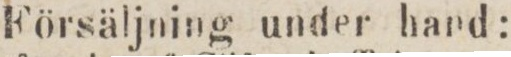
Försäljning under hand: